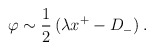
\begin{align*}\:\varphi \sim \frac{1}{2}\,(\lambda x^+ -D_- )\:.\end{align*}